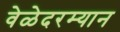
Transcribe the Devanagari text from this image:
वेळेदरम्यान